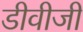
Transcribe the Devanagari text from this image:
डीवीजी